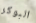
البوكر